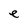
Character: e